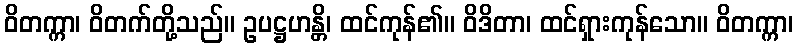
ဝိတက္ကာ၊ ဝိတက်တို့သည်။ ဥပဋ္ဌဟန္တိ၊ ထင်ကုန်၏။ ဝိဒိတာ၊ ထင်ရှားကုန်သော။ ဝိတက္ကာ၊